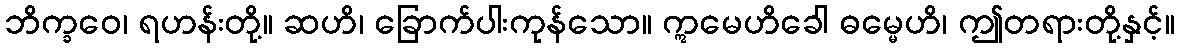
ဘိက္ခဝေ၊ ရဟန်းတို့။ ဆဟိ၊ ခြောက်ပါးကုန်သော။ ဣမေဟိခေါ ဓမ္မေဟိ၊ ဤတရားတို့နှင့်။